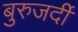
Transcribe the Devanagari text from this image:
बुरुजर्दी